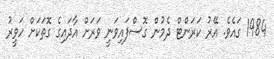
1984 ގައެވެ. އޭރު ކަރަންޓް ދެމުން ގޮސްފައިވަނީ ވަރަށް އާދައިގެ ގޮތަކަށް ހަވީރު